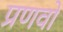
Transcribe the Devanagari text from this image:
प्रणवो